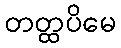
တတ္ထပိမေ